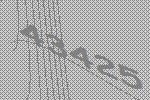
43425